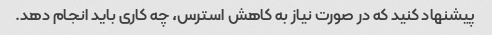
پیشنهاد کنید که در صورت نیاز به کاهش استرس، چه کاری باید انجام دهد.